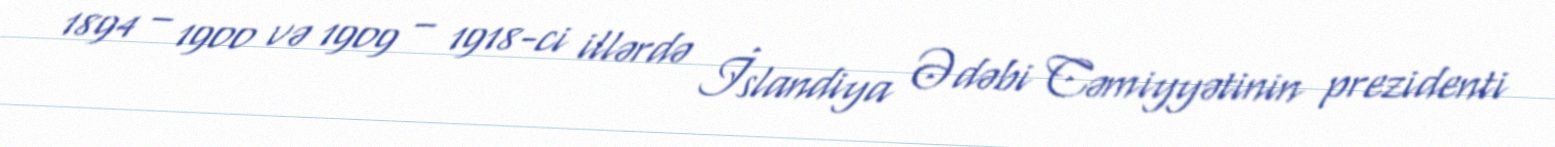
1894 – 1900 və 1909 – 1918-ci illərdə İslandiya Ədəbi Cəmiyyətinin prezidenti